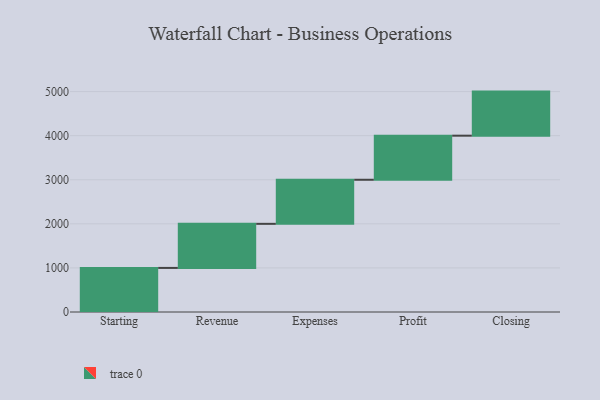
{"axis": {"x": "Step", "y": "Value"}, "legend": [""], "data": [{"x": "Starting", "y": 1000, "type": ""}, {"x": "Revenue", "y": 1000, "type": ""}, {"x": "Expenses", "y": 1000, "type": ""}, {"x": "Profit", "y": 1000, "type": ""}, {"x": "Closing", "y": 1000, "type": ""}]}